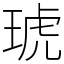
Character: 琥